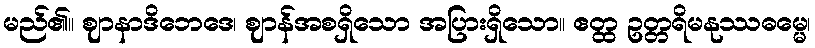
မည်၏။ ဈာနာဒိဘေဒေ၊ ဈာန်အစရှိသော အပြားရှိသော။ ဧတ္ထ ဥတ္တရိမနုဿဓမ္မေ၊